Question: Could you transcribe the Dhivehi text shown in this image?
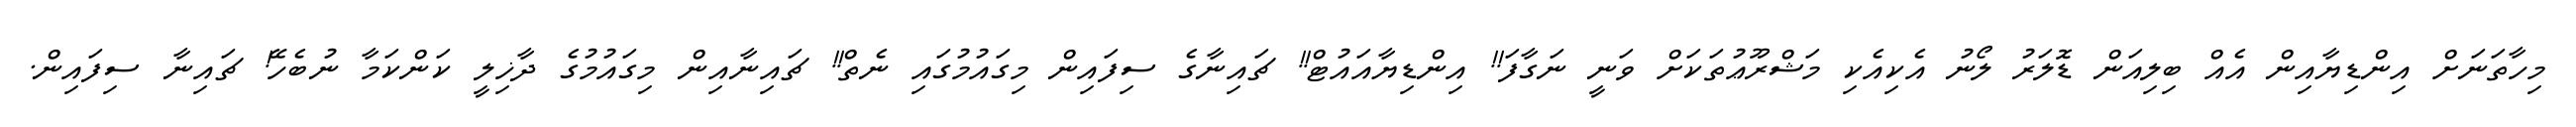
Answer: މިހާތަނަށް އިންޑިޔާއިން އެއް ބިލިއަން ޑޮލަރު ލޯނު އެކިއެކި މަޝްރޫޢުތަކަށް ވަނީ ނަގާފަ!! އިންޑިޔާއައުޓް!! ޗައިނާގެ ސިފައިން މިގައުމުގައި ނެތް!! ޗައިނާއިން މިގައުމުގެ ދާޚިލީ ކަންކަމާ ނުބެހޭ! ޗައިނާ ސިފައިން.